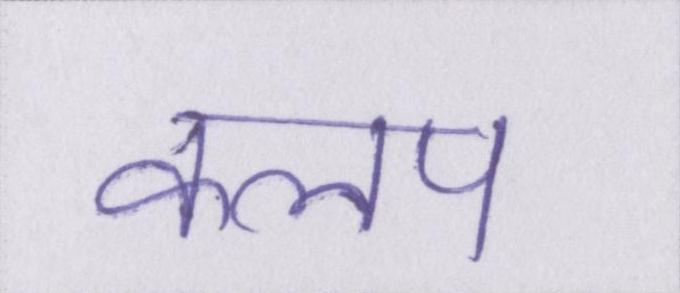
कलप